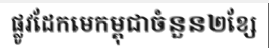
ផ្លូវដែកមេកម្ពុជាចំនួន២ខ្សែ